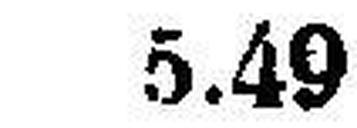
5.49